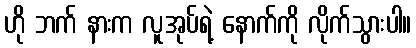
ဟို ဘက် နားက လူအုပ်ရဲ့ နောက်ကို လိုက်သွားပါ။